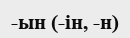
-ын (-ін, -н)